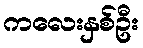
ကလေးနှစ်ဦး